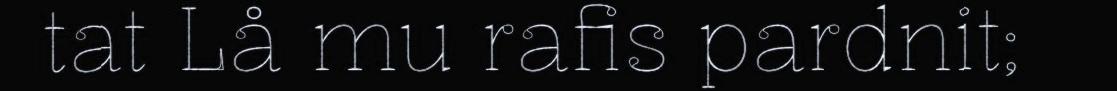
tat Lå mu rafis pardnit;